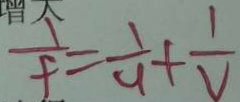
\frac { 1 } { f } = \frac { 1 } { 4 } + \frac { 1 } { V }